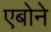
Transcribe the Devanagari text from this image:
एबोने